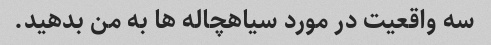
سه واقعیت در مورد سیاهچاله ها به من بدهید.